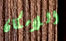
اللامكان